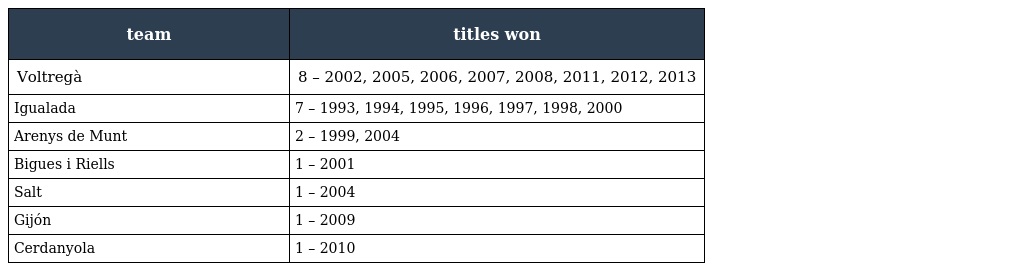
| team | titles won |
 | --- | --- |
 | Voltregà | 8 – 2002, 2005, 2006, 2007, 2008, 2011, 2012, 2013 |
 | Igualada | 7 – 1993, 1994, 1995, 1996, 1997, 1998, 2000 |
 | Arenys de Munt | 2 – 1999, 2004 |
 | Bigues i Riells | 1 – 2001 |
 | Salt | 1 – 2004 |
 | Gijón | 1 – 2009 |
 | Cerdanyola | 1 – 2010 |